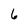
Character: 6